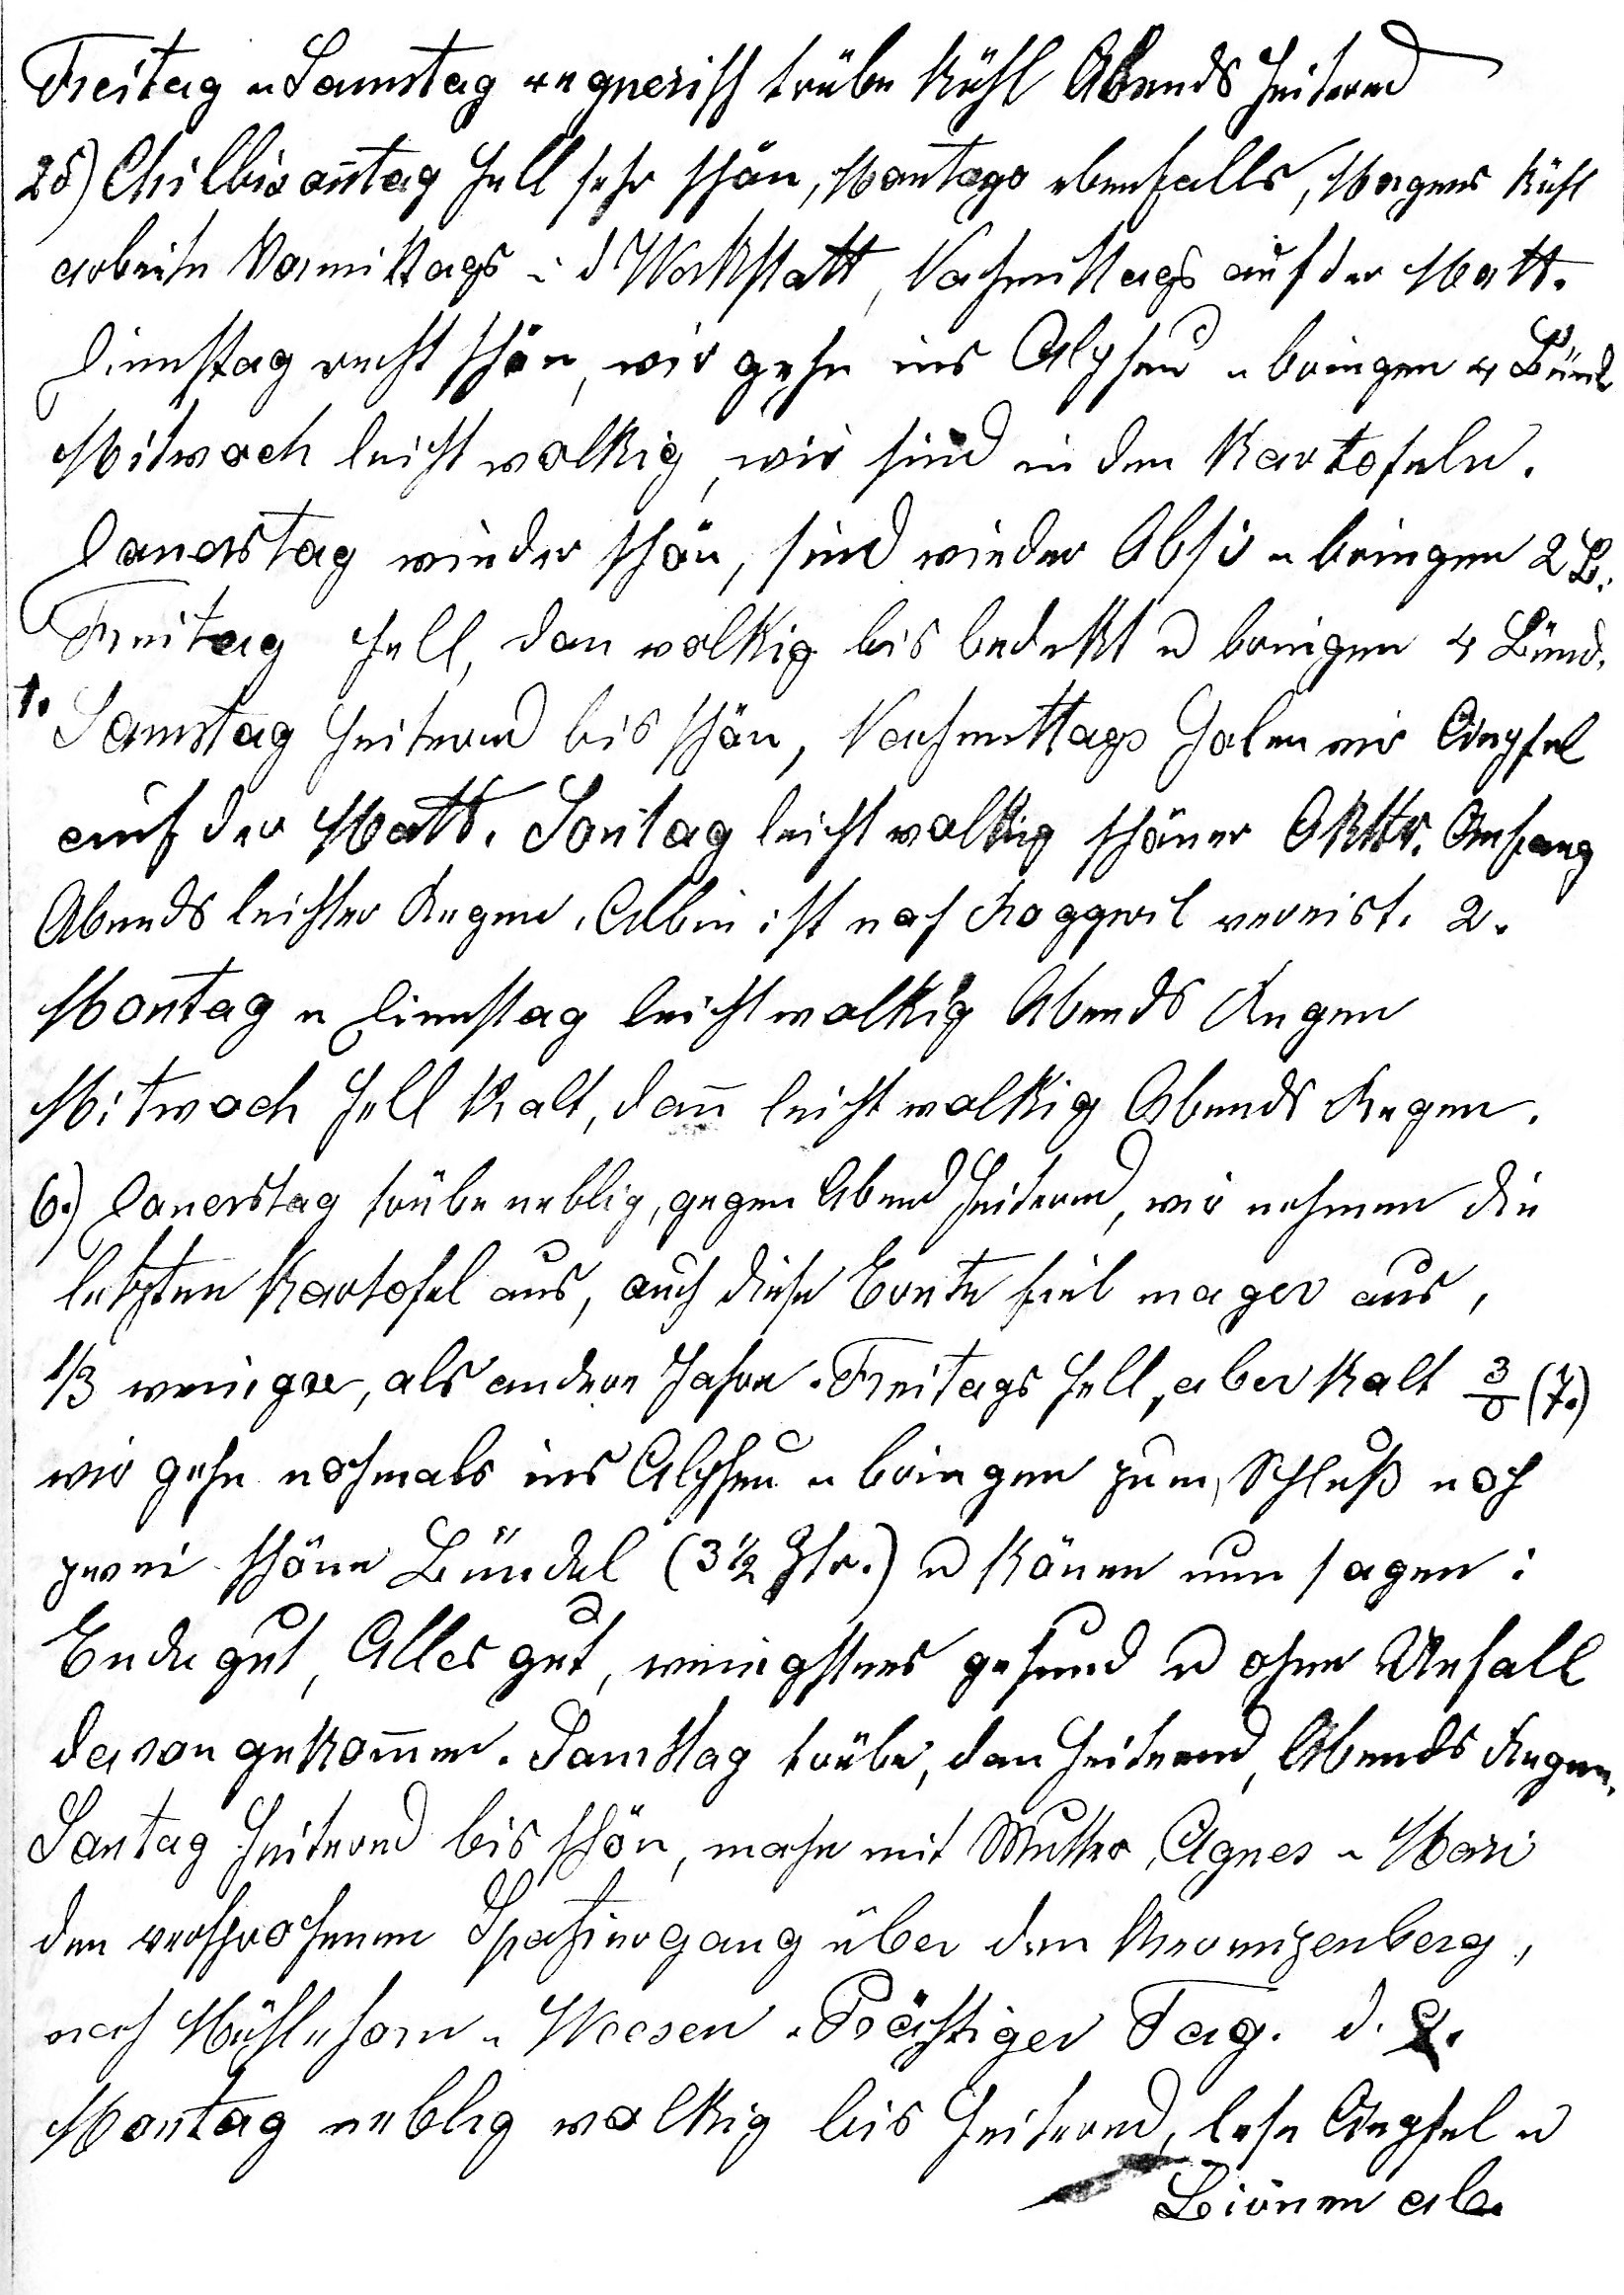
Freitag u Samstag regnerisch trübe kühl Abends heiternd
25.) Chilbisontag hell sehr schön, Montags ebenfalls, Morgens kühl
arbeite Vormittags in d. Werkstatt, Nachmittags auf der Matt.
Dienstag recht schön, wir gehn ins Alpheu u bringen 4 Bündel
Mitwoch leicht wolkig, wir sind in den Kartofeln.
Donerstag wieder schön, sind wieder Obsi u bringen 2 B.
Freitag hell, dan wolkig bis bedekt u bringen 4 Bündel.
1. Samstag heiternd bis schön, Nachmittags holen wir Aepfel
auf der Matt. Sontag leicht wolkig schöner Oktbr. Anfang
Abends leichter Regen. Albin ist nach Roggwil verreist. 2.
Montag u Dienstag leicht wolkig Abends Regen
Mitwoch hell kalt, dann leicht wolkig Abends Regen.
6. Donnerstag trübe neblig, gegen Abend heiternd, wir nehmen die
letzten Kartofeln aus, auch diese Ernte fiel mager aus,
1/3 weniger als andere Jahre. Freitags hell, aber kalt 3o. (7.)
wir gehen nochmals ins Alpheu u bringen zum Schluss noch
zwei schöne Bündel (3 ½ Ztr.) u könen nun sagen:
Ende gut, Alles gut, wenigstens gesund u ohne Unfall
davon gekommen. Samstag trübe, dan heiternd, Abends Regen.
Sontag heiternd bis schön, mache mit Mutter, Agnes u Mari den versprochenen
Spatziergang über den Kerenzerberg
Nach Mühlehorn u. Weesen. Prächtiger Tag.d. 9.
Montag neblig wolkig bis heiternd, lese Aepfel u

Birnen ab.